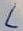
Text: L